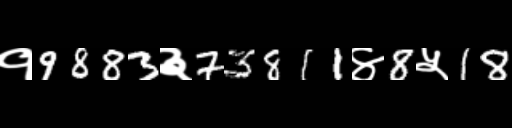
Text: १9883३73811४8५18